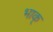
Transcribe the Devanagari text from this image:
भाक्‌